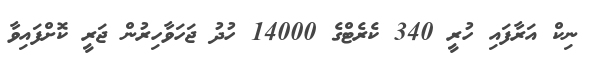
ނިކް އަރާފައި ހުރީ 340 ކެރެޓްގެ 14000 ހުދު ޖަހަވާހިރުން ޖަރީ ކޮށްފައިވާ